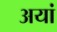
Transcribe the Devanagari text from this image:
अयां